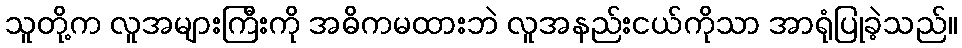
သူတို့က လူအများကြီးကို အဓိကမထားဘဲ လူအနည်းငယ်ကိုသာ အာရုံပြုခဲ့သည်။